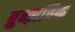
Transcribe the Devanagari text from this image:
ब्रुन्ज़विक